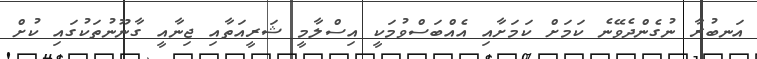
އަނބުރާ ނުގެންދެވޭނެ ކަމަށް ކަމަށާއި އެއްބަސްވުމަކީ އިސްލާމީ ޝަރީއަތާއި ޖިނާއީ ގާނޫނުތަކުގައި ކުށް